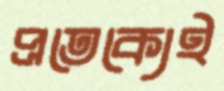
প্রতেক্যেই